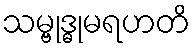
သမ္ဗုဒ္ဓုမရဟတိ